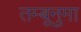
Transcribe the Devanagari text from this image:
तम्बूनुमा